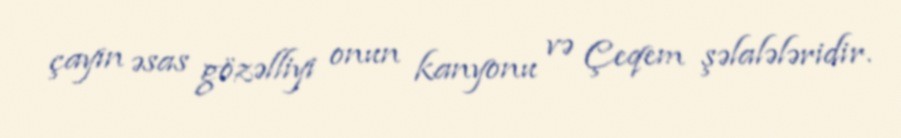
çayın əsas gözəlliyi onun kanyonu və Çeqem şəlalələridir.